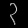
Digit: ၃